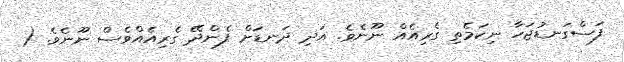
ފަސްގަނޑުޖަހާ ނިކަމެތި ގެރިއެއް ނޫނެވެ. އަދި ދަނޑަށް ފެންދޭ ގެރިއެއްވެސް ނޫނެވެ. (